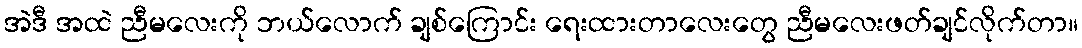
အဲဒီ အထဲ ညီမလေးကို ဘယ်လောက် ချစ်ကြောင်း ရေးထားတာလေးတွေ ညီမလေးဖတ်ချင်လိုက်တာ။